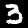
Label: 3